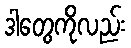
ဒါတွေကိုလည်း